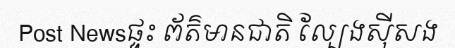
Post Newsផ្ទះ ព័ត៌មានជាតិ ល្បែងស៊ីសង